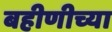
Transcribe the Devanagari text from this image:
बहीणीच्या